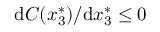
\mathrm { d } C ( x _ { 3 } ^ { * } ) / \mathrm { d } x _ { 3 } ^ { * } \leq 0